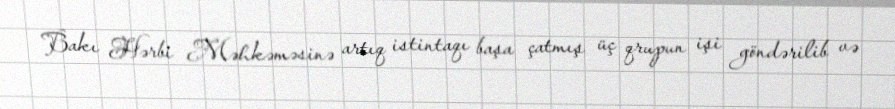
Bakı Hərbi Məhkəməsinə artıq istintaqı başa çatmış üç qrupun işi göndərilib və